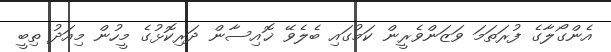
އެންގޯލާގެ ފުރަތަމަ ވަޒަންވެރީން ކަމުގައި ބެލެވޭ ޚޮއިސާން ދަރިކޮޅުގެ މީހުން މިއަދު ތިބީ